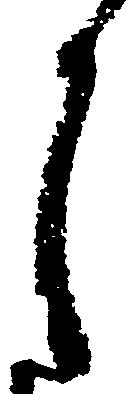
月